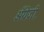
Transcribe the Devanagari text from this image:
अँग्रे़जी़